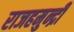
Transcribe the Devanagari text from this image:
राजहमुन्द्री